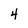
Character: 4